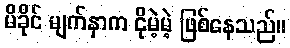
မိခိုင် မျက်နှာက ငိုမဲ့မဲ့ ဖြစ်နေသည်။